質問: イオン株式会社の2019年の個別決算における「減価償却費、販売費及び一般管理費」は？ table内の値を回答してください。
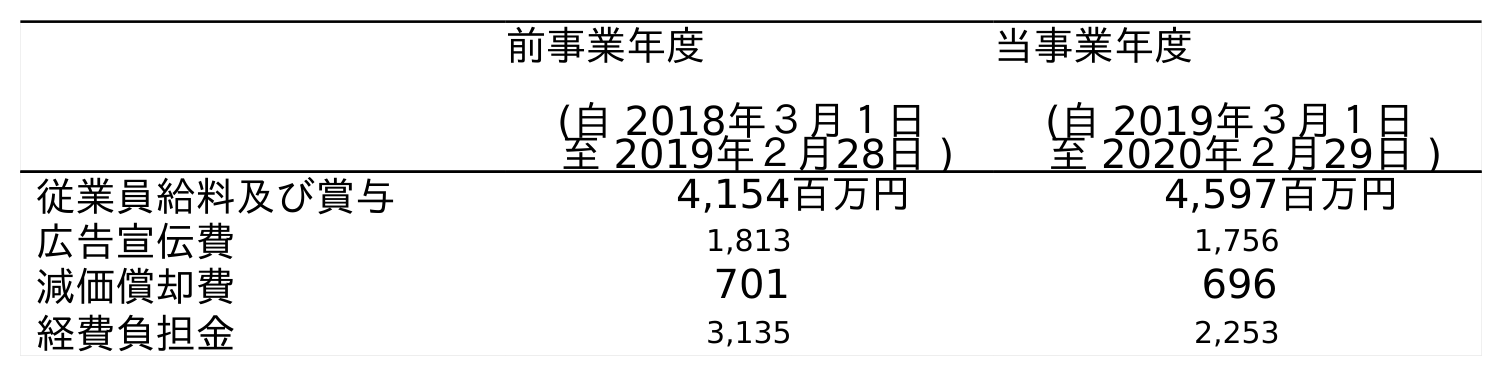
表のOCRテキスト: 前事業年度 (自 2018年３月１日 至 2019年２月28日 ) 当事業年度 (自 2019年３月１日 至 2020年２月29日 ) 従業員給料及び賞与 4,154百万円 4,597百万円 広告宣伝費 1,813 1,756 減価償却費 701 696 経費負担金 3,135 2,253
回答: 701